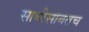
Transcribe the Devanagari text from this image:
साथीसोबतच